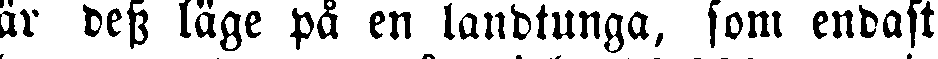
är dess läge på en landtunga, som endast